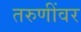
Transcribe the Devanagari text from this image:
तरुणींवर